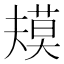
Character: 𰱴